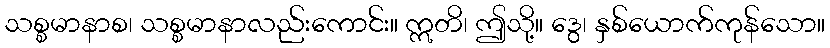
သစ္စမာနာစ၊ သစ္စမာနာလည်းကောင်း။ ဣတိ၊ ဤသို့။ ဒွေ၊ နှစ်ယောက်ကုန်သော။